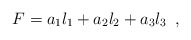
\begin{align*}F=a_1l_1+a_2l_2+a_3l_3 \,\,\, , \end{align*}